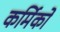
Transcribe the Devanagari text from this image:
कर्मिको